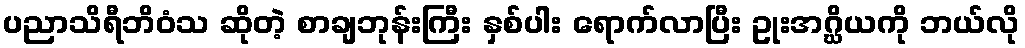
ပညာသိရီဘိဝံသ ဆိုတဲ့ စာချဘုန်းကြီး နှစ်ပါး ရောက်လာပြီး ဥုးအဂ္ဃိယကို ဘယ်လို